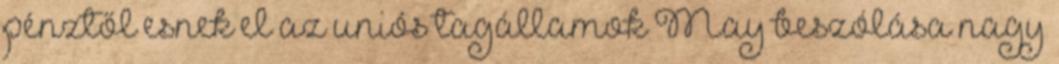
pénztől esnek el az uniós tagállamok May beszólása nagy